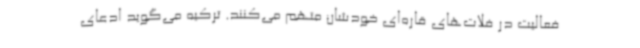
فعالیت در فلات‌های قاره‌ای خودشان متهم می‌کنند. ترکیه می‌گوید ادعای